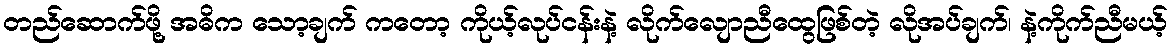
တည်ဆောက်ဖို့ အဓိက သော့ချက် ကတော့ ကိုယ့်လုပ်ငန်းနဲ့ လိုက်လျောညီထွေဖြစ်တဲ့ လိုအပ်ချက်၊ နဲ့ကိုက်ညီမယ့်